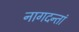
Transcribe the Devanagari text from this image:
नागदन्तां